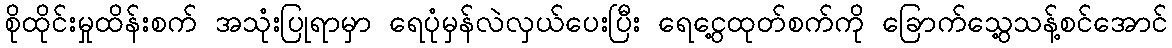
စိုထိုင်းမှုထိန်းစက် အသုံးပြုရာမှာ ရေပုံမှန်လဲလှယ်ပေးပြီး ရေငွေ့ထုတ်စက်ကို ခြောက်သွေ့သန့်စင်အောင်